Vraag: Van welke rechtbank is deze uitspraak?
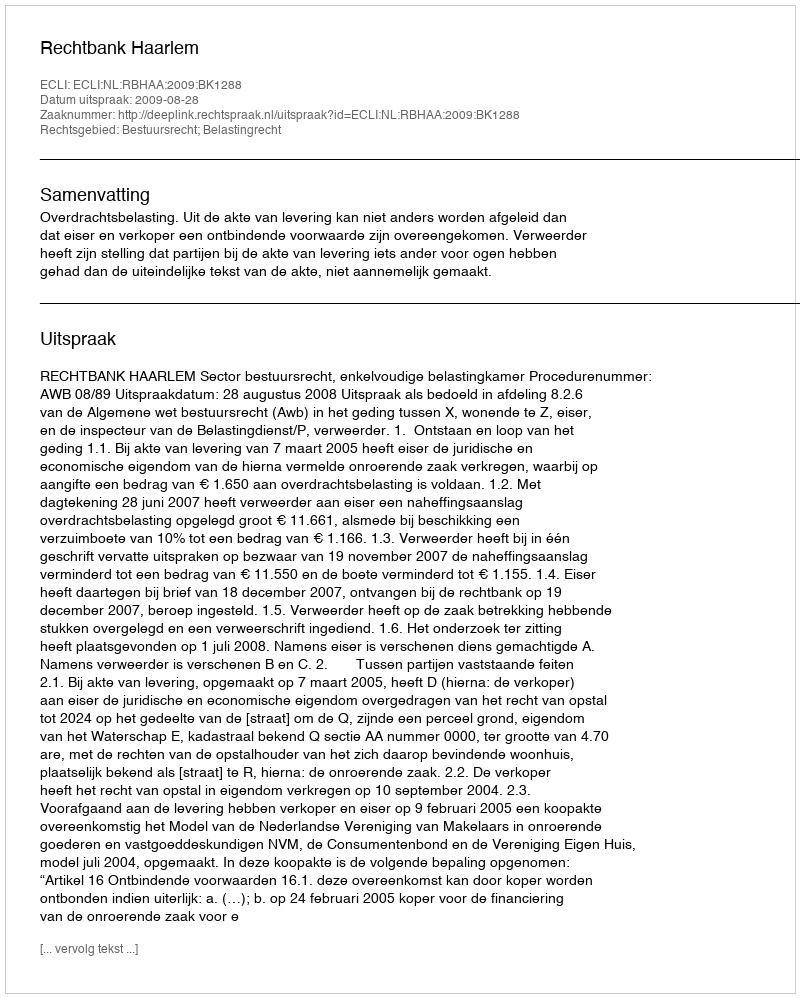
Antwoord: Rechtbank Haarlem